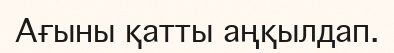
Ағыны қатты аңқылдап.